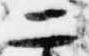
二